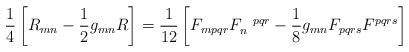
LaTeX: \begin{align*}\frac{1}{4}\left[R_{mn}-\frac{1}{2}g_{mn}R\right] = \frac{1}{12}\left[F_{mpqr}F_n^{~~pqr}-\frac{1}{8}g_{mn}F_{pqrs}F^{pqrs}\right]\end{align*}